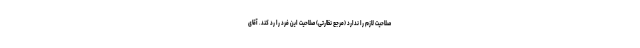
صلاحیت لازم را ندارد (مرجع نظارتی) صلاحیت این فرد را رد کند. آقای